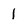
Character: 1